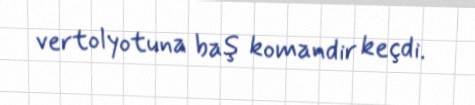
vertolyotuna baş komandir keçdi.